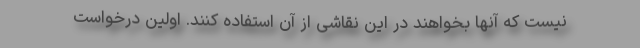
نیست که آنها بخواهند در این نقاشی از آن استفاده کنند. اولین درخواست